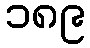
၁၈၉